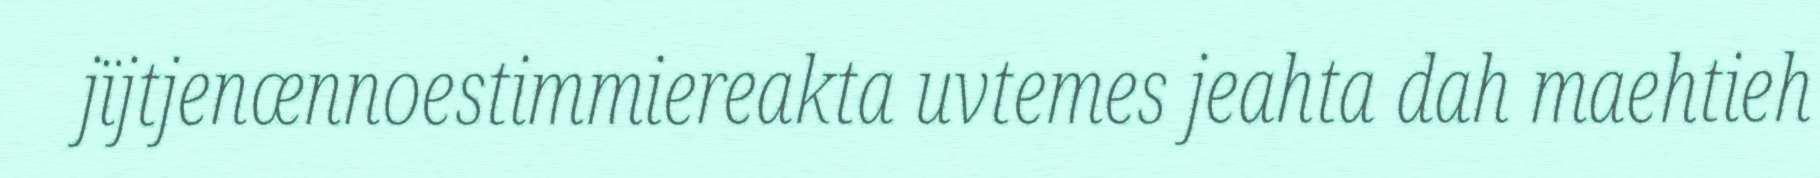
jïjtjenænnoestimmiereakta uvtemes jeahta dah maehtieh